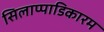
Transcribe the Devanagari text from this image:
सिलाप्पाडिकारम